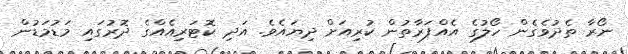
ނޯރާ ތެދުވެގެން ހޯލުގެ އެއްފަރާތުން ކުރިއަށް ދިޔައެވެ. އަދި ކޮޓަރިއެއްގެ ދޮރުގައި މަޑުމަޑުން